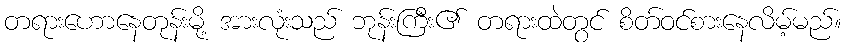
တရားဟောနေတုန်းမို့ အားလုံးသည် ဘုန်းကြီး၏ တရားထဲတွင် စိတ်ဝင်စားနေလိမ့်မည်။